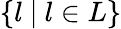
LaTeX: \{ l\ |\ l\in L\}